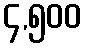
၄,၅၀၀